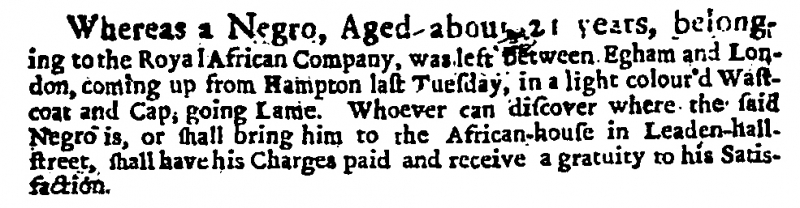
Daily Courant, 14 January 1707 (England)
Whereas a Negro, Aged about 21 years, belonging to the Royal African Company, was left between Egham and London, coming up from Hampton last Tuesday, in a light colour’d Wastcoat and Cap, going Lame. Whoever can discover where the said Negro is, or shall bring him to the African-house in Leaden-hall-street, shall have his Charges paid and receive a gratuity to his Satisfaction.